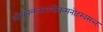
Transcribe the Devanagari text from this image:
लोचनललामलोकमनोहरवसन्त